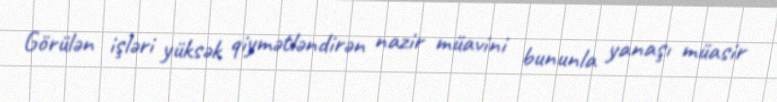
Görülən işləri yüksək qiymətləndirən nazir müavini bununla yanaşı müasir